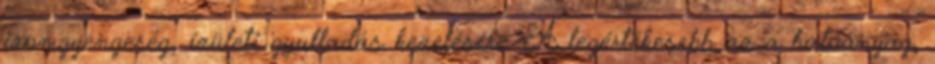
izomgyengeség, ízületi gyulladás kezelésére. A legértékesebb az a hatóanyag,